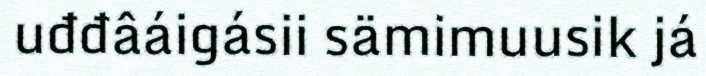
uđđâáigásii sämimuusik já